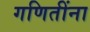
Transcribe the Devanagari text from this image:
गणितींना